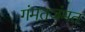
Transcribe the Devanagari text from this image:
गंमतजंमत